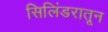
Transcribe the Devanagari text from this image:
सिलिंडरातून